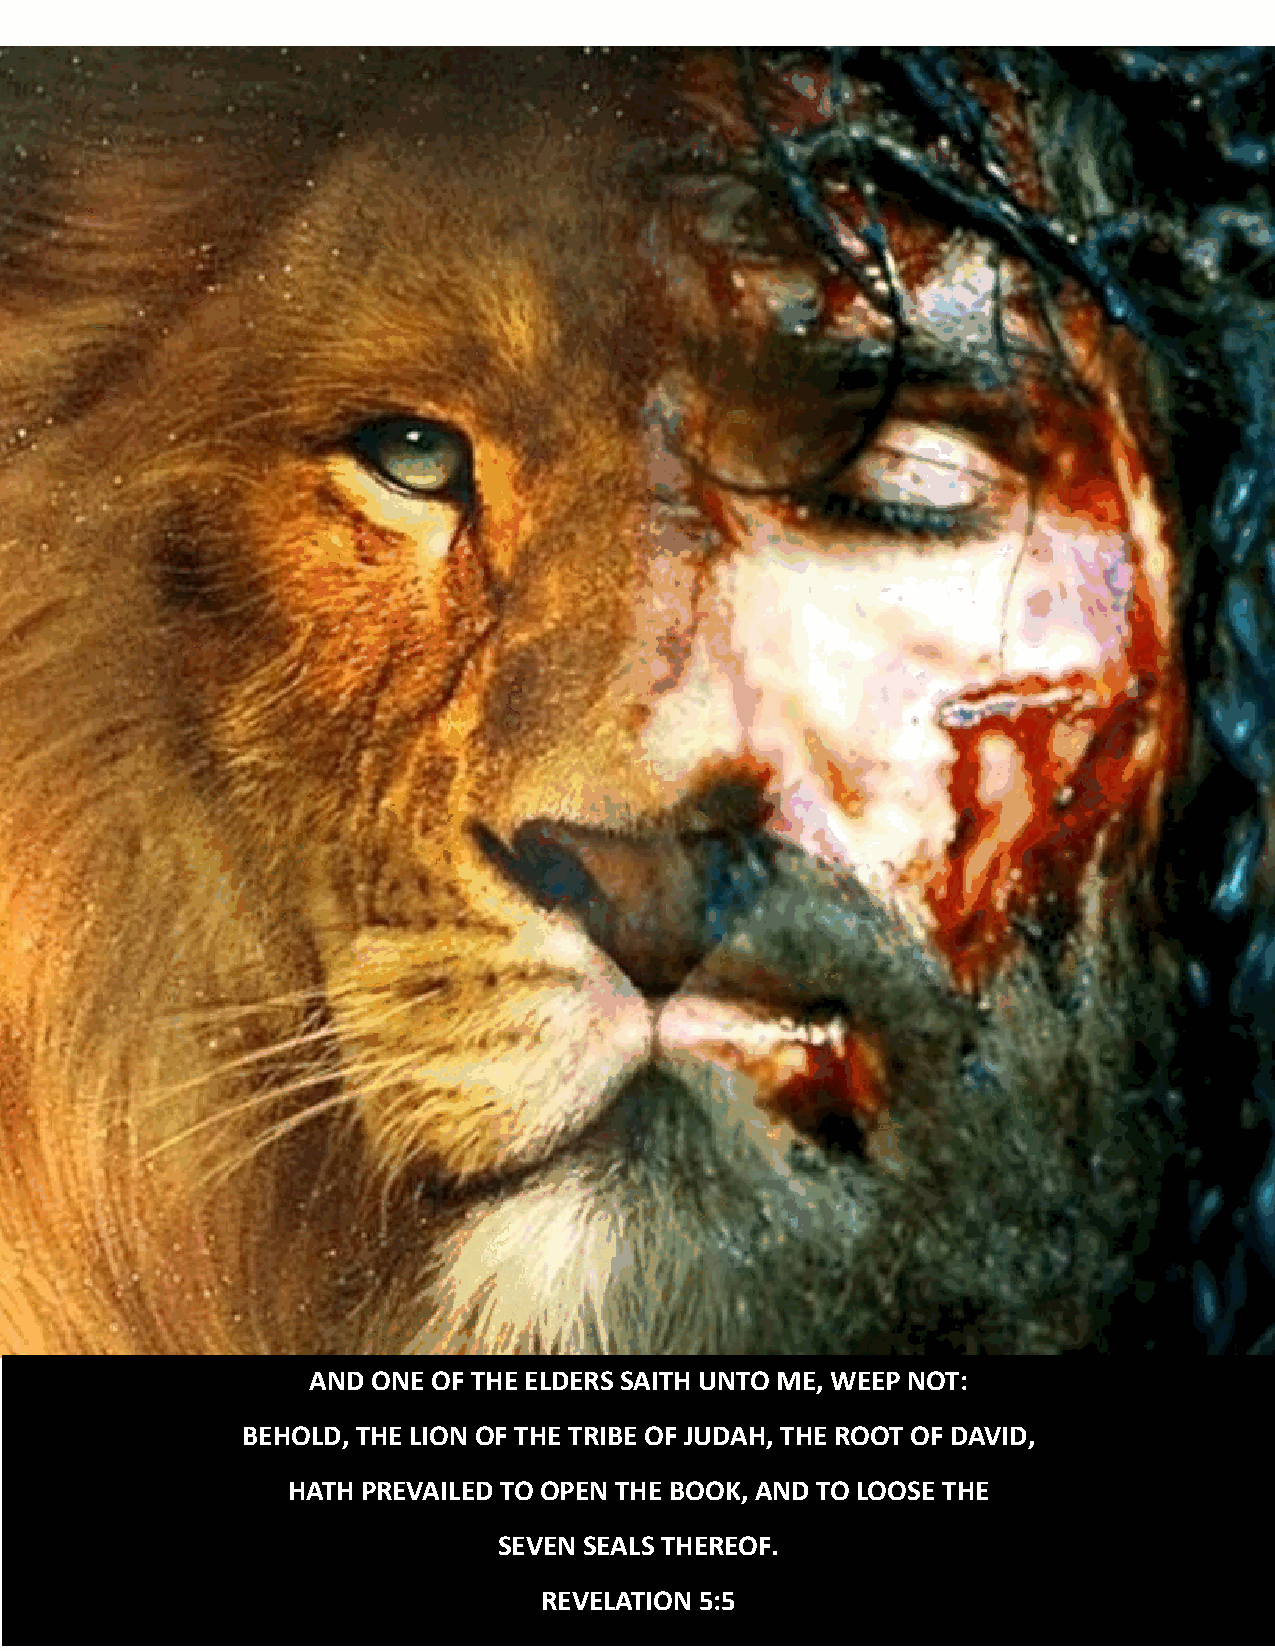
AND  ONE OF THE ELDERS SAITH UNTO ME, WEEP NOT:
 BEHOLD, THE LION OF THE TRIBE OF JUDAH, THE ROOT OF DAVID,
 HATH PREVAILED TO OPEN THE BOOK, AND TO LOOSE THE
 SEVEN SEALS THEREOF.
 REVELA2T0I ON 5:5